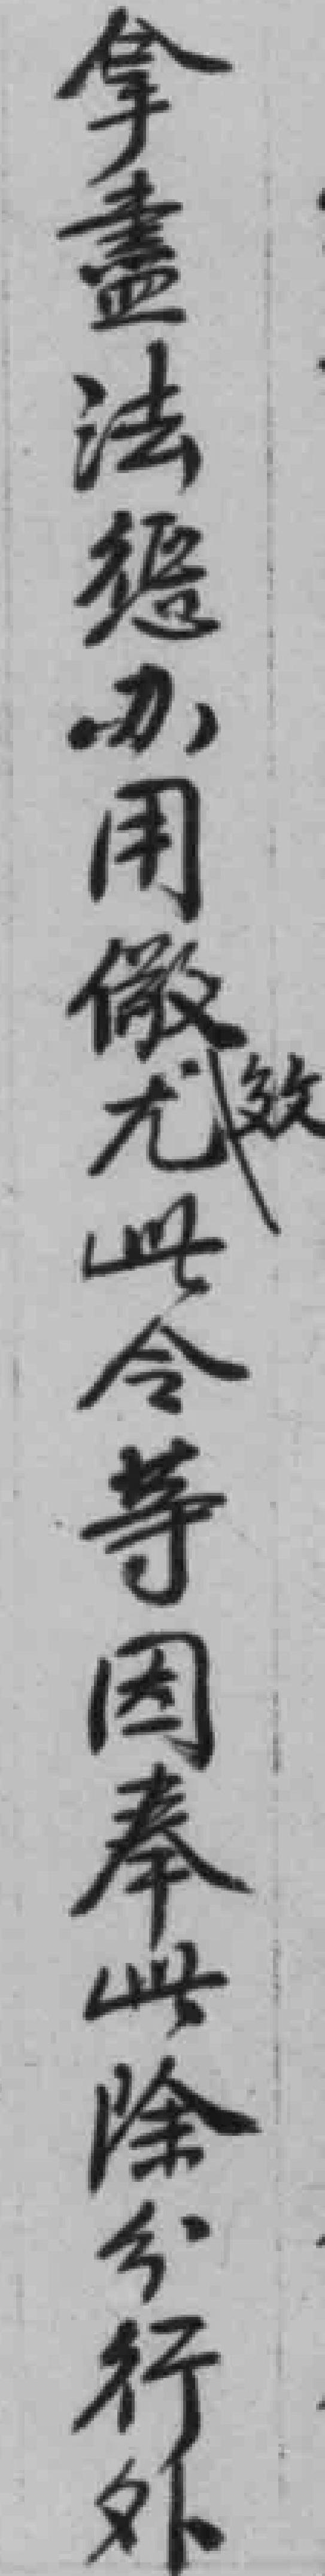
拿盡法惩办用儆效尤此令等因奉此除分行外